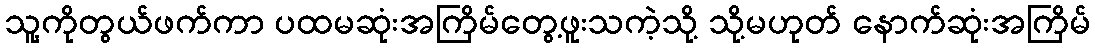
သူ့ကိုတွယ်ဖက်ကာ ပထမဆုံးအကြိမ်တွေ့ဖူးသကဲ့သို့ သို့မဟုတ် နောက်ဆုံးအကြိမ်